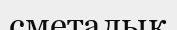
сметалық